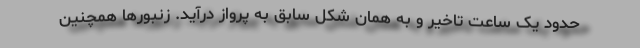
حدود یک ساعت تاخیر و به همان شکل سابق به پرواز درآید. زنبورها همچنین